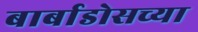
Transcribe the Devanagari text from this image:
बार्बाडोसच्या